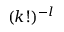
( k ! ) ^ { - l }